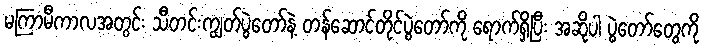
မကြာမီကာလအတွင်း သီတင်းကျွတ်ပွဲတော်နဲ့ တန်ဆောင်တိုင်ပွဲတော်ကို ရောက်ရှိပြီး အဆိုပါ ပွဲတော်တွေကို